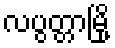
လပွတ္တာမြို့